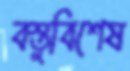
বস্তুবিশেষ